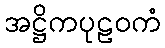
အဋ္ဌိကပုဠဝကံ